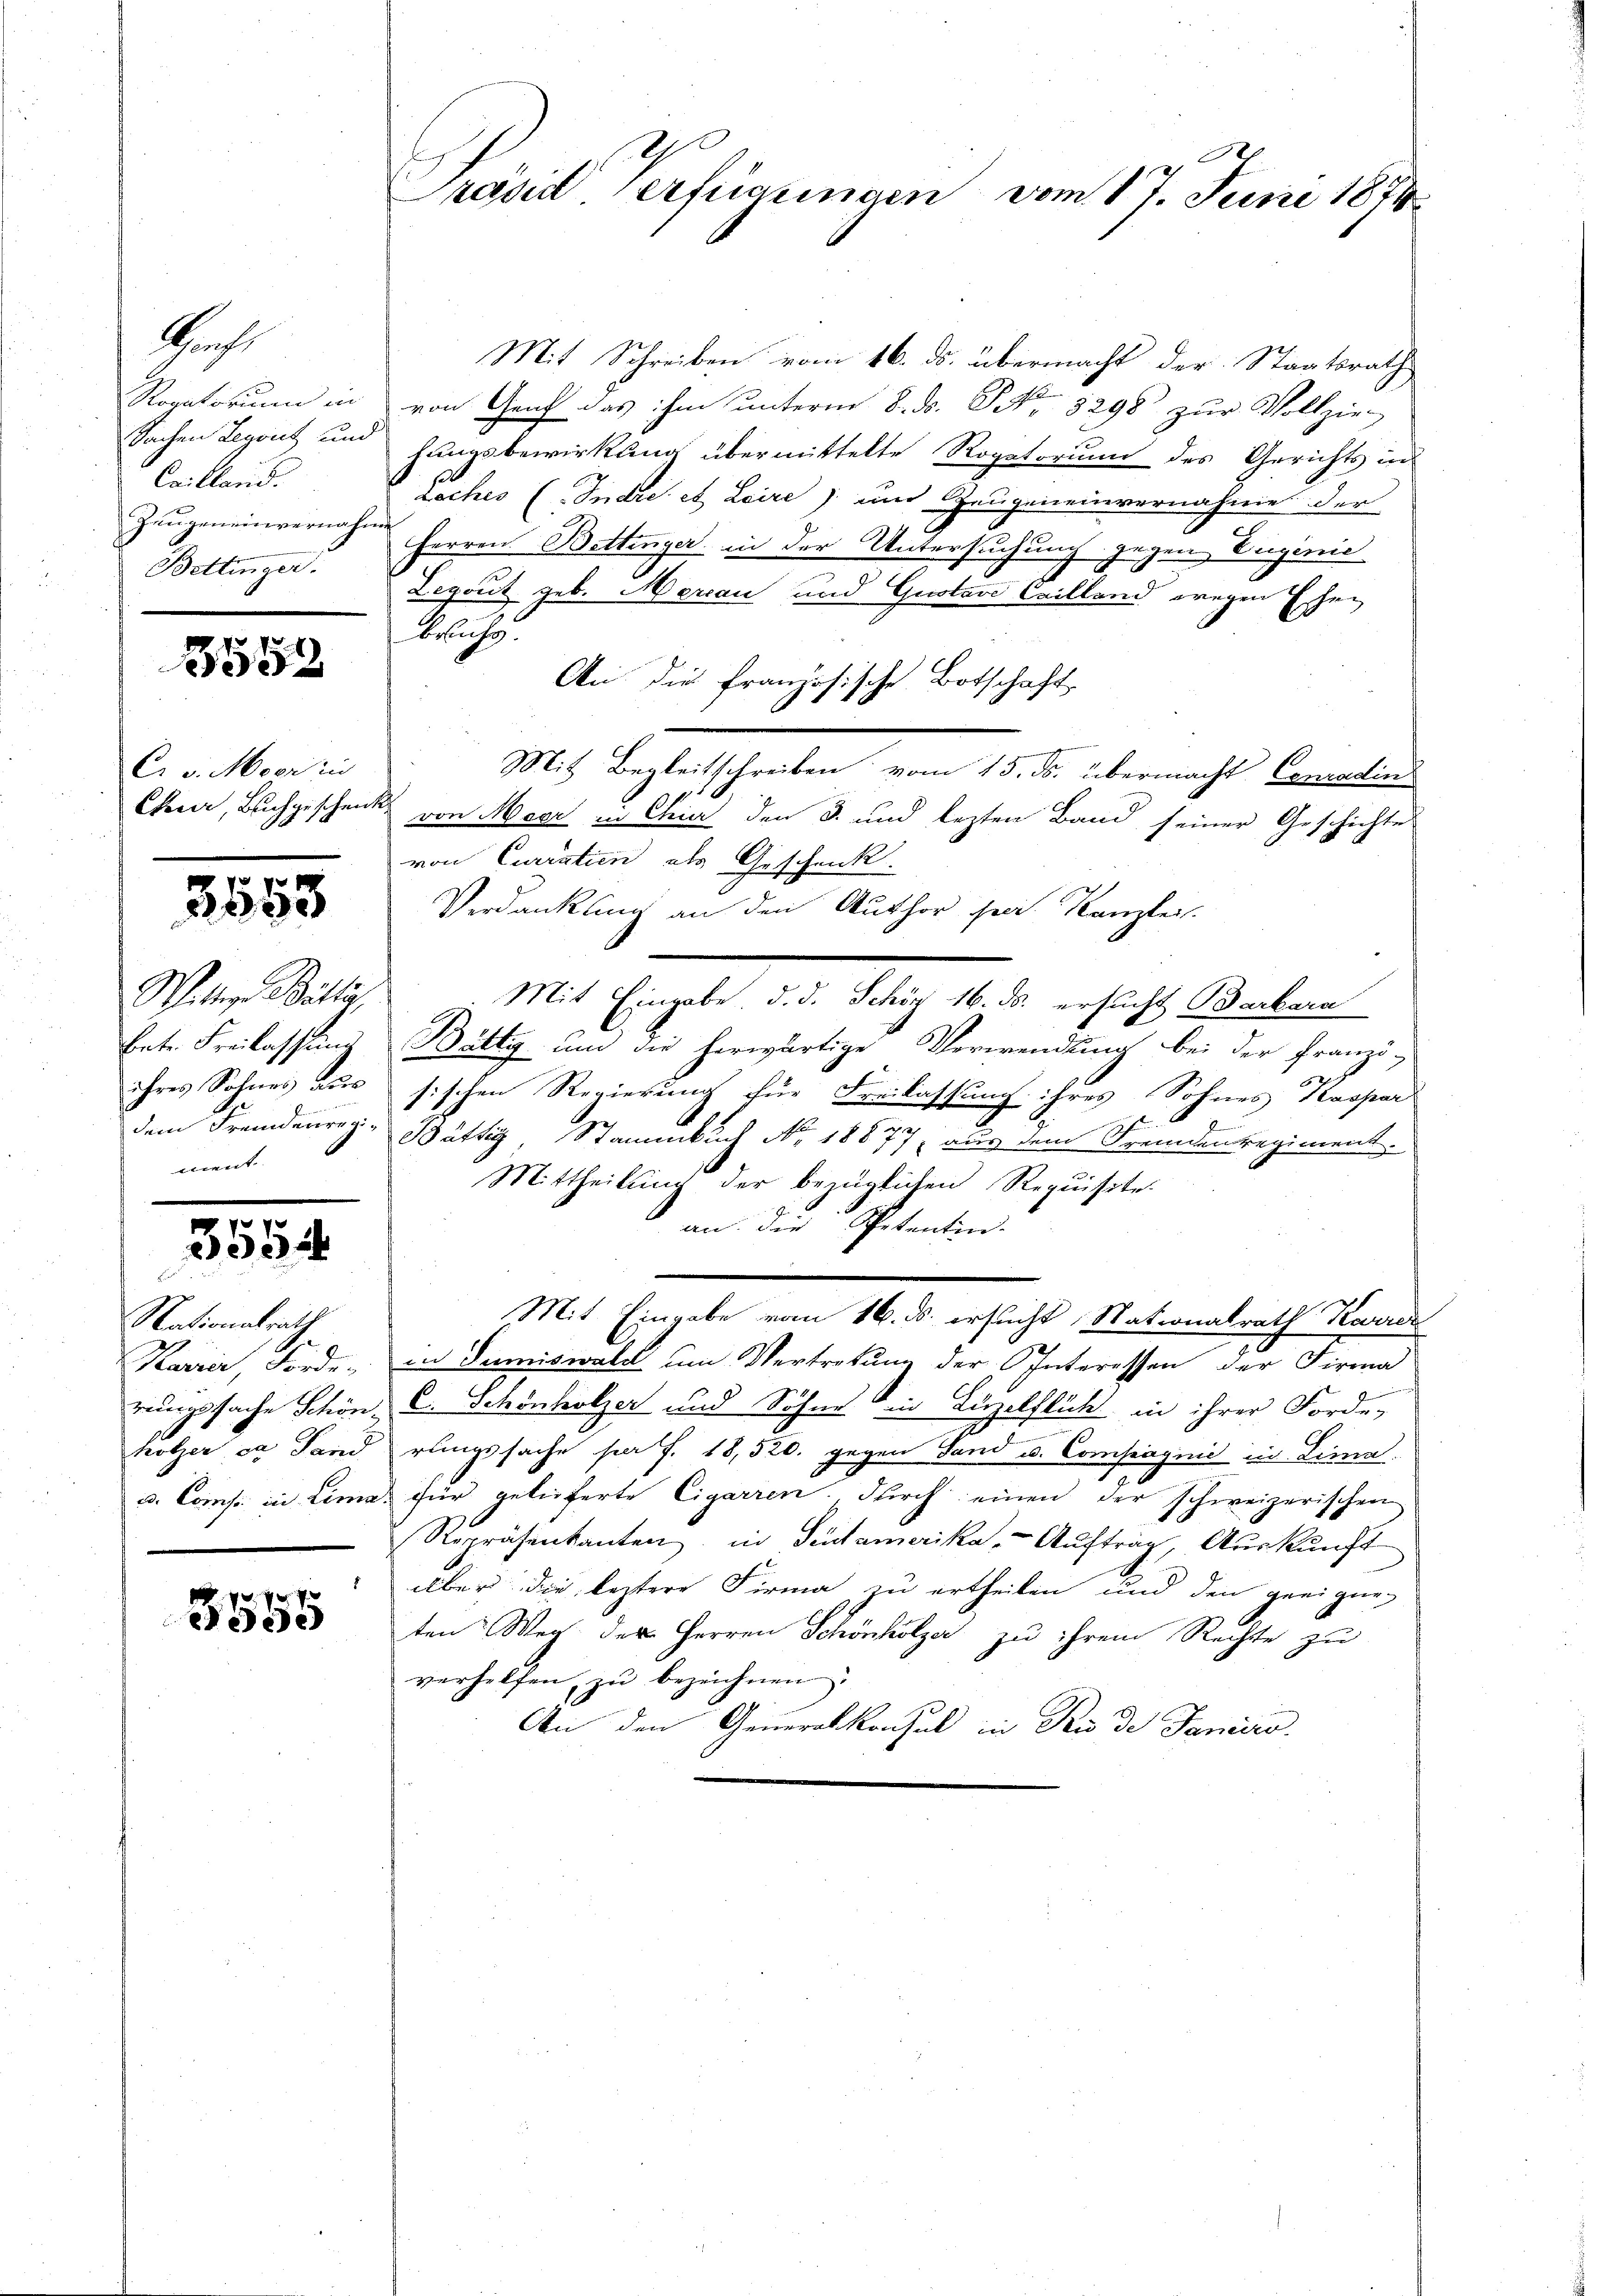
Suche
Cailland.
Zeugen einvernahme
Bettinger.

5552

Cr v. Moor in

3553

Mit Schreiben vom 16. ds. übermacht der Staatsrath
Rogatorium in von Graf das ihm unterm 8. ds. S. 1298 zŭr Vollzie
Sachen Legaret und fungsbewirkung übermittelte Rogatorum des Gerichts in
Loches (Indre et Leire) um Zeugeneinvernahmes der
Herren Bettenger in der Untersuchung gegen Eugenie
Legout geb. Mercan und Gustavi Cailland wegen Eschen
bruchs
An die französische Botschaft
Mit Begleitschreiben vom 15. ds. übermacht Conradin
Chur, Buchgeschenk von Mayr in Chier den 3. und lezten Band seiner Geschichte
von Curiation als Geschenk.
Verdankung an den Author herr Kanzlei.
Mit Eingabe, d. d. Schör 16. ds. ersucht Barbara
bete Freilassung Bättig um die herwärtige Verwendung bei der Franzö-
ihres Sohnes aus sischen Regierung für Freilassung ihres Sohnes Kaspar
7
dem Fremdenreg. Bättig, Stammbuch No. 18877, aus dem Fremdenregiment.
Mittheilung der bezüglichen Requisite.
an der Spetentin.
Mit Eingabe vom 16. ds. ersucht, Nationalrath Karre
Karrer, Förde in Sumiswald um Vertretung der Interessen der Firma
rungssache Schön, C. Schönholzer und Söhne ein Luzelflück in ihrer Forde-
hölzer ca Sand rungssache per J. 18,520. gegen Sand u. Compagini in Lina.
u. Comp. in Lima für gelieferte Cigarren, durch einen der schweizerischen
Repräsentanten, in Südamerika- Auftrag, Auskunft
über die leztere Firma zu ertheilen und den geeigne
ten Weg der Herren Schönholzer zu ihrem Rechte zu
verhelfen, zu bezeichnen
An den Generalkonsul in Rio de Janeiro

Wittwe Butter.
A
ment. |

1
de

Nationalrath

17 x
e

2
Präsid Verfügungen vom 11. Juni 1874